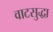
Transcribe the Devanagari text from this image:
वाटसुद्धा